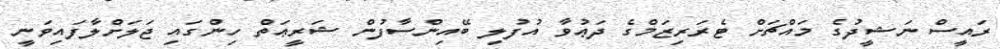
ރައީސް ނަޝީދުގެ މައްޗަށް ޓެރަރިޒަމްގެ ދަޢުވާ އުފުލި ބޭއިންސާފުން ޝަރީޢަތް ހިންގައި ޖަލަށްލާފައިވަނީ